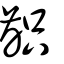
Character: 齞